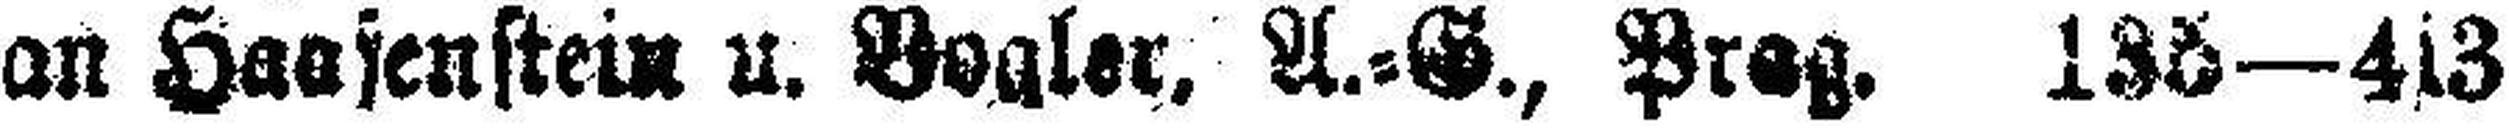
an Haasenstein u. Vogler, A.=G., Prag. 136—4s3